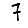
Digit: 7